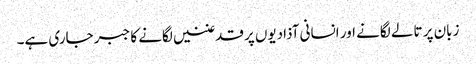
زبان پر تالے لگانے اور انسانی آذادیوں پر قدغنیں لگانے کا جبر جاری ہے۔